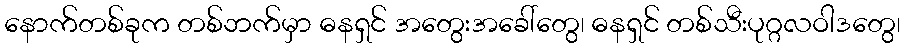
နောက်တစ်ခုက တစ်ဘက်မှာ ဓနရှင် အတွေးအခေါ်တွေ၊ ဓနရှင် တစ်သီးပုဂ္ဂလဝါဒတွေ၊